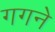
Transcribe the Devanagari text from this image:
गगने